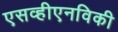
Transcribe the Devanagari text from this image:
एसव्हीएनविकी